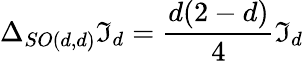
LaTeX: \Delta_{SO(d,d)}\mathfrak{I}_{d}=\frac{{d(2-d)}}{{4}}\mathfrak{I}_{d}